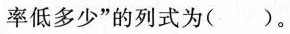
率低多少”的列式为()。